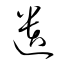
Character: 遺